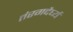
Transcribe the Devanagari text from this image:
तंरगदैर्घ्य